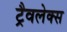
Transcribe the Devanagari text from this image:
ट्रैवलेक्स